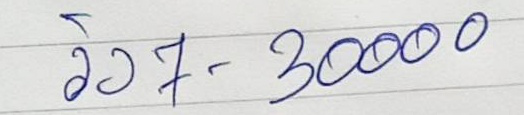
วิ่ง 7 - 30000